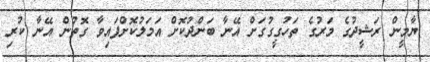
ޔާމީން ރަޝީދުގެ މަރުގެ ތަހުގީގުގަށް އޭނާ ބަންދުކޮށް އަމަލުކޮށްފައިވާ ގޮތުން އޭނާ ކުރި